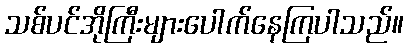
သစ်ပင်အိုကြီးများပေါက်နေကြပါသည်။